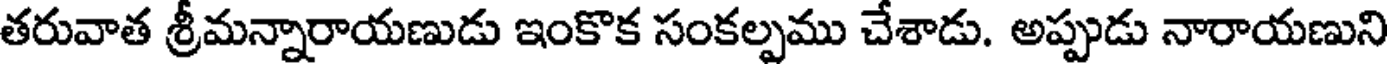
తరువాత శ్రీమన్నారాయణుడు ఇంకొక సంకల్పము చేశాడు. అప్పుడు నారాయణుని